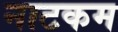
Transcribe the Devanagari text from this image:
नाटकम